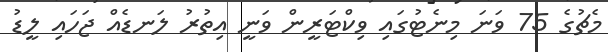
މެޗުގެ 75 ވަނަ މިނެޓުގައި ވިކްޓަރީން ވަނީ އިތުރު ލަނޑެއް ޖަހައި ލީޑު